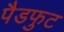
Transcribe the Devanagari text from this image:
पैडफुट